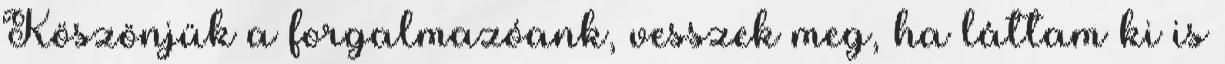
Köszönjük a forgalmazóank, vesszek meg, ha láttam ki is